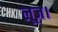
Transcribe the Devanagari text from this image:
लूज़।